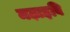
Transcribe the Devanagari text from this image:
मढ़ाइबि